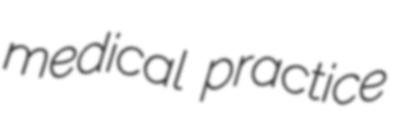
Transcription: medical practice